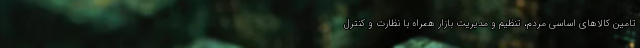
تامین کالاهای اساسی مردم، تنظیم و مدیریت بازار همراه با نظارت و کنترل